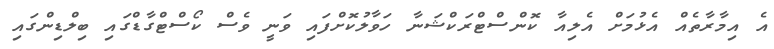
އެ އިމާރާތެއް އެޅުމަށް އެލިއާ ކޮންސްޓްރަކްޝަނާ ހަވާލުކޮށްފައި ވަނީ ވެސް ކޯސްޓްގާޑްގައި ބިލްޑިންގައި